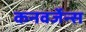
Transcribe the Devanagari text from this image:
कनवर्जेन्स